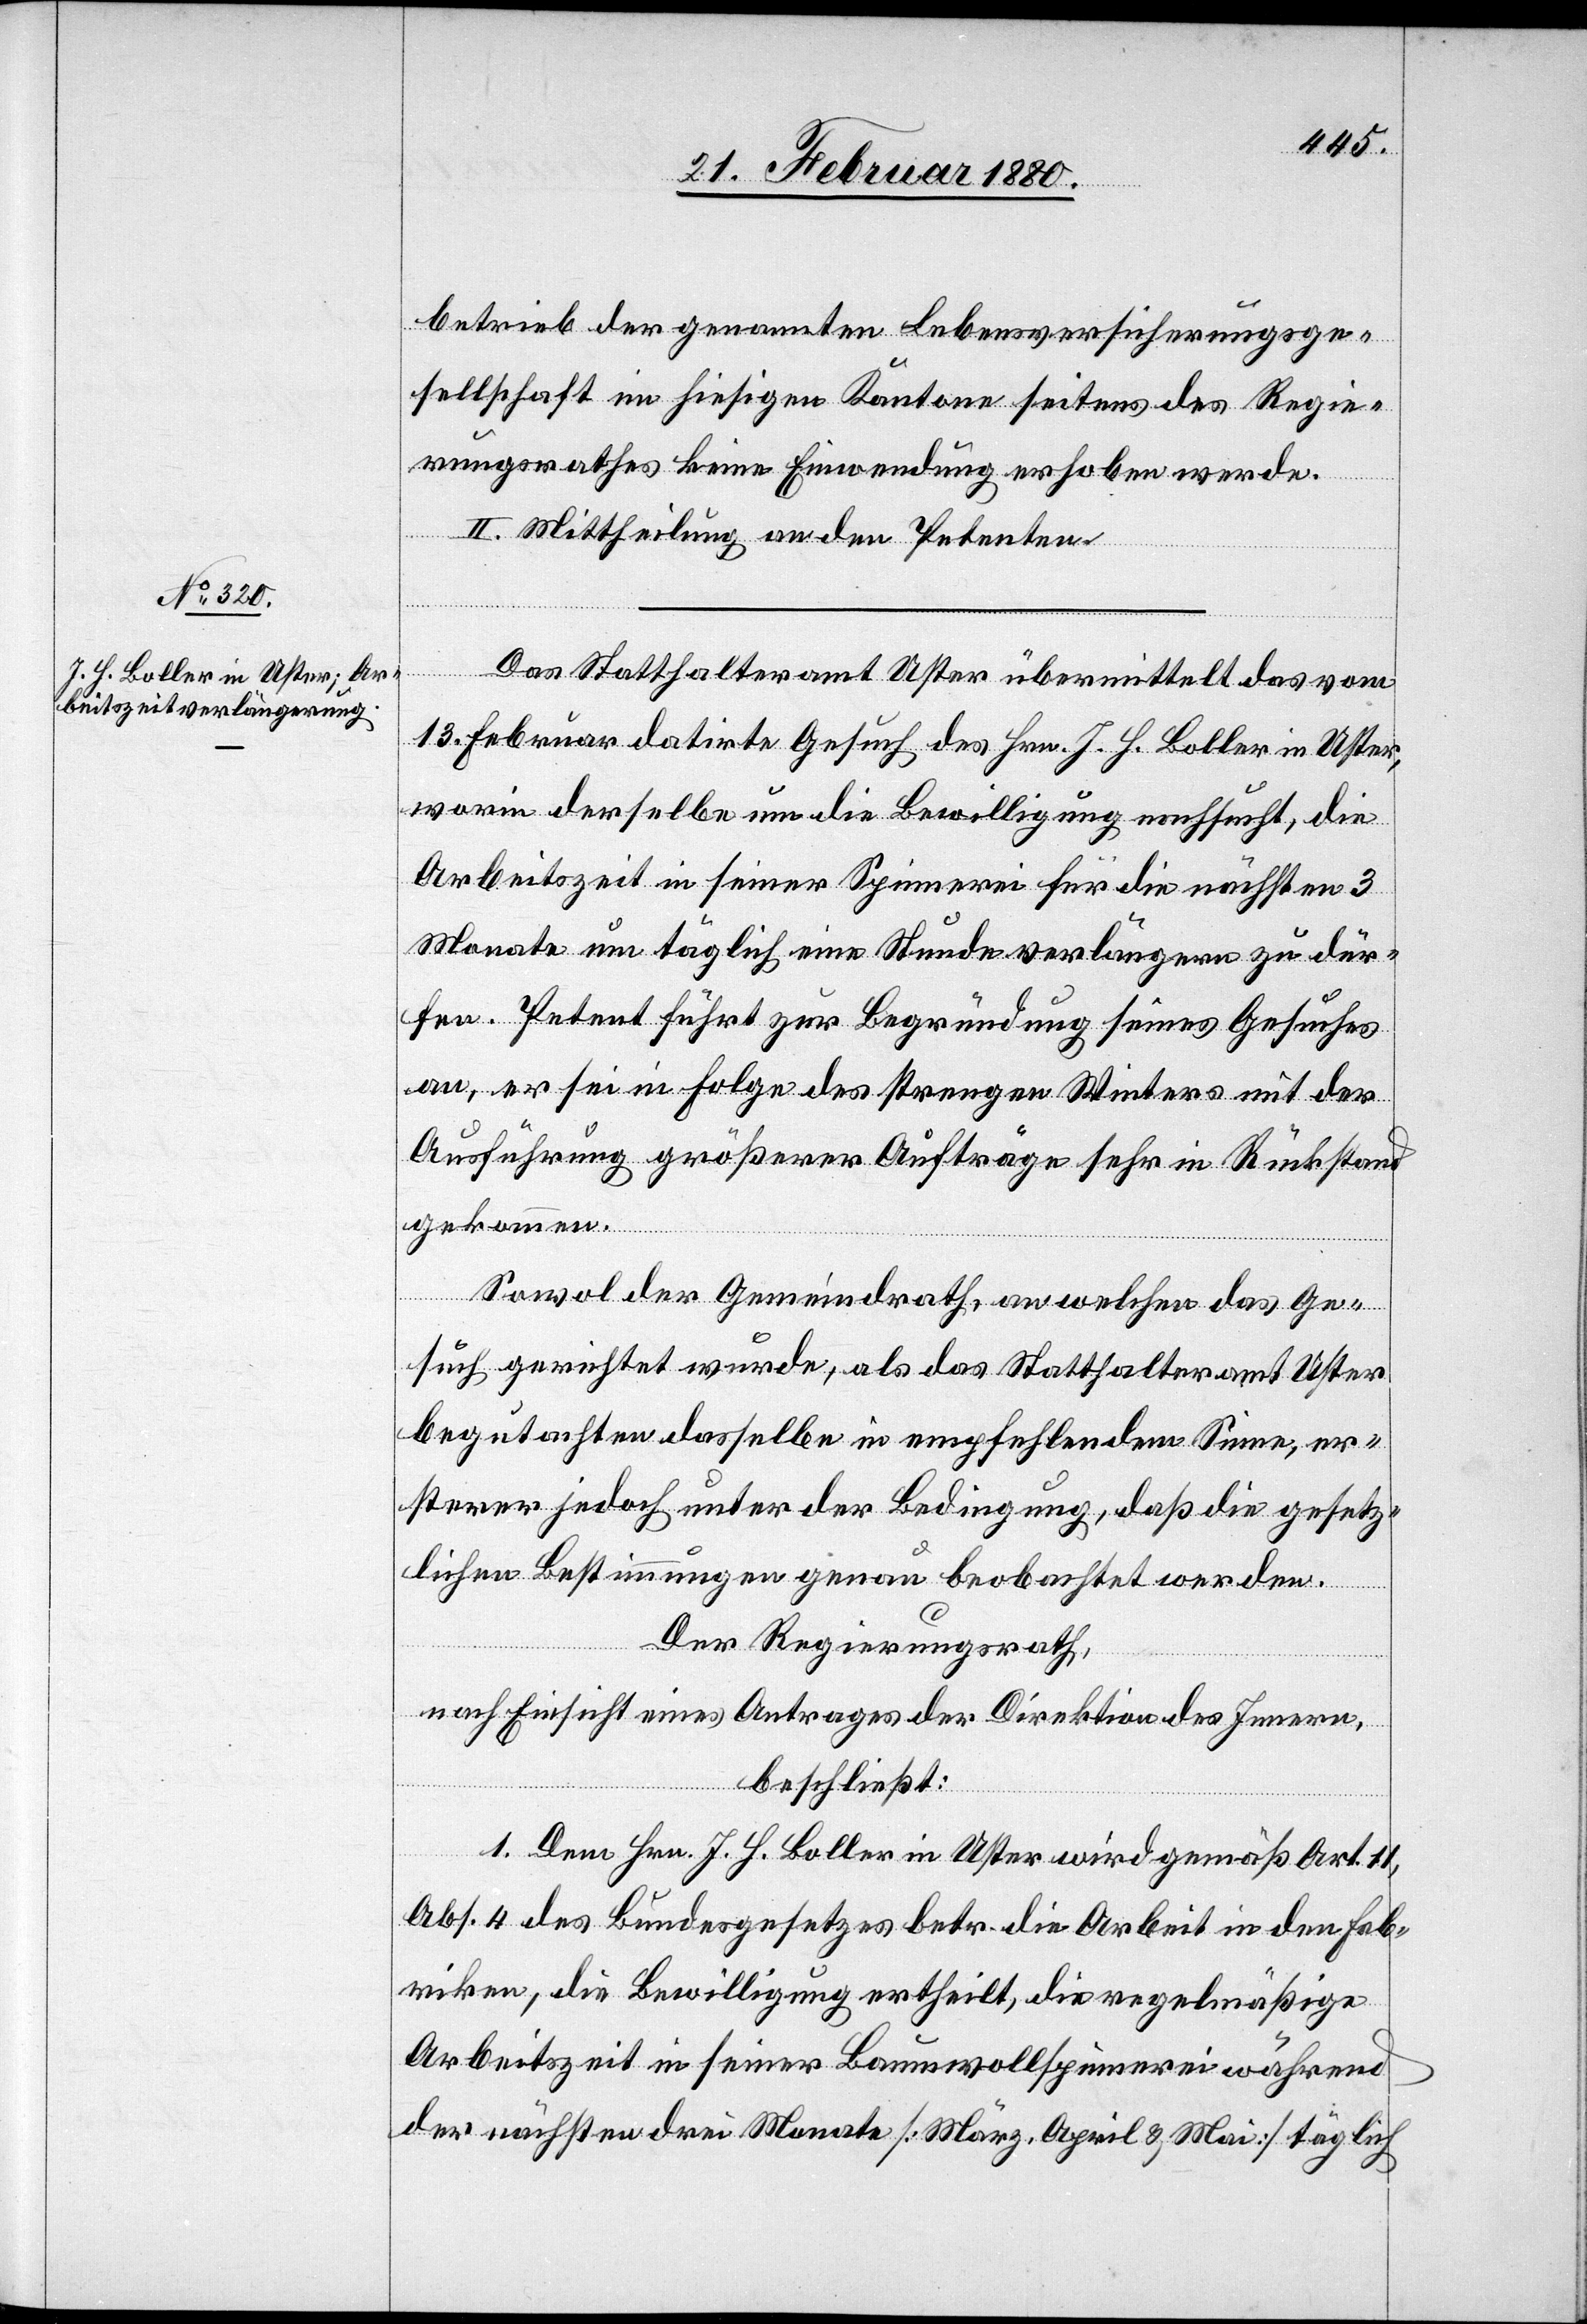
betrieb der genannten Lebensversicherungsge¬
sellschaft im hiesigen Kantone seitens des Regie¬
rungsrathes keine Einwendung erhoben werde.
II. Mittheilung an den Petenten.
Das Statthalteramt Uster übermittelt das vom
13. Februar datirte Gesuch des Hrn. J. H. Boller in Uster,
worin derselbe um die Bewilligung nachsucht, die
Arbeitszeit in seiner Spinnerei für die nächsten 3
Monate um täglich eine Stunde verlängern zu dür¬
fen. Petent führt zur Begründung seines Gesuches
an, er sei in Folge des strengen Winters mit der
Ausführung größerer Aufträge sehr in Rückstand
gekommen.
Sowol der Gemeindrath, an welchen das Ge¬
such gerichtet wurde, als das Statthalteramt Uster,
begutachten dasselbe in empfehlendem Sinne, er¬
sterer jedoch unter der Bedingung, daß die gesetz¬
lichen Bestimmungen genau beobachtet werden.
Der Regierungsrath,
nach Einsicht eines Antrages der Direktion des Innern,
beschließt:
1. Dem Hrn. J. H. Boller in Uster wird gemäß Art. 11
Abs. 4 des Bundesgesetzes betr. die Arbeit in den Fab¬
riken, die Bewilligung ertheilt, die regelmäßige
Arbeitszeit in seiner Baumwollspinnerei während
der nächsten drei Monate [März, April & Mai] täglich